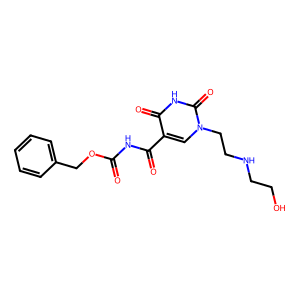
SMILES: O=C(NC(=O)c1cn(CCNCCO)c(=O)[nH]c1=O)OCc1ccccc1
Inhibits HIV replication: No